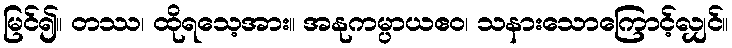
မြင်၍။ တဿ၊ ထိုရသေ့အား။ အနုကမ္ပာယဧဝ၊ သနားသောကြောင့်လျှင်။